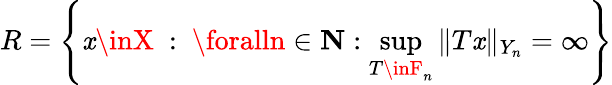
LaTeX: R=\left\{ \mathit{x}\inX\ :\ \foralln\in\mathbf{{N}}:\sup_{T\inF_{n}}\| T\mathit{x}\| _{Y_{n}}=\infty\right\}